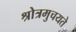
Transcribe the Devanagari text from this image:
श्रोत्रमुचयते